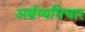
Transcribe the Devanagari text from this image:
अर्थव्यभिचार